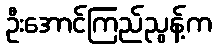
ဦးအောင်ကြည်ညွန့်က